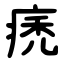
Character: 痜